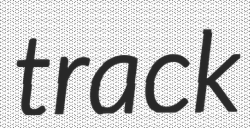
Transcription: track